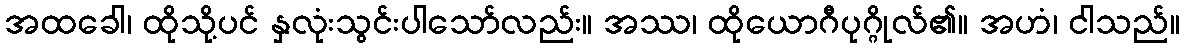
အထခေါ၊ ထိုသို့ပင် နှလုံးသွင်းပါသော်လည်း။ အဿ၊ ထိုယောဂီပုဂ္ဂိုလ်၏။ အဟံ၊ ငါသည်။